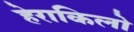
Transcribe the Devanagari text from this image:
हेराकिलो